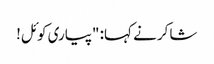
شاکر نے کہا: "پیاری کوئل!